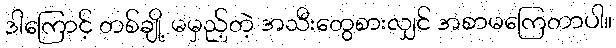
ဒါကြောင့် တစ်ချို့ မမှည့်တဲ့ အသီးတွေစားလျှင် အစာမကြေတာပါ။